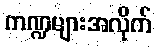
ကဏ္ဍများအလိုက်